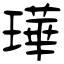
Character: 璍